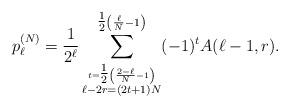
LaTeX: \begin{align*}p_{\ell}^{(N)} = \frac{1}{2^{\ell}} \sum_{\begin{stackrel}{t = \tfrac{1}{2} \left( \frac{2 - \ell}{N}-1 \right)}{\ell - 2r = (2t+1)N}\end{stackrel}}^{\tfrac{1}{2} \left( \frac{\ell}{N}-1 \right)}(-1)^{t} A(\ell-1,r).\end{align*}